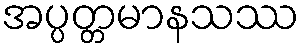
အပ္ပတ္တမာနသဿ